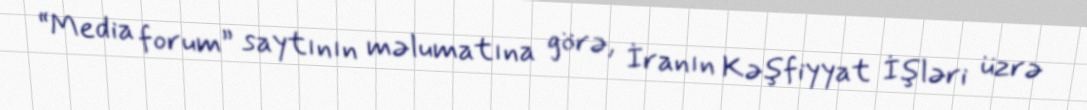
“Media forum” saytının məlumatına görə, İranın Kəşfiyyat İşləri üzrə